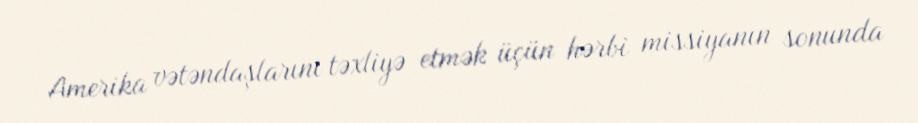
Amerika vətəndaşlarını təxliyə etmək üçün hərbi missiyanın sonunda